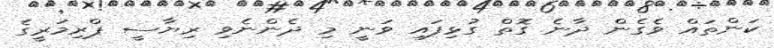
ކަންތައް ވެގެން ދާނެ ގޮތް ގުޅިފައި ވަނީ މި ދެންނެވި ރިޔާސީ ޕްރިމަރީގެ